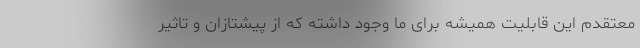
معتقدم این قابلیت همیشه برای ما وجود داشته که از پیشتازان و تاثیر